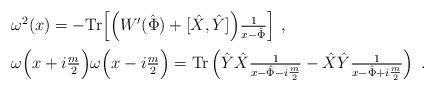
LaTeX: \begin{align*}\begin{array}{ccl}\vspace{.2cm}&& \omega^2(x)= - {\rm Tr}\Big[\Big(W'(\hat \Phi)+[\hat X,\hat Y]\Big)\frac1{x-\hat\Phi}\Big] \ ,\\ && \omega\Big(x+i\frac m2\Big)\omega\Big(x-i\frac m2\Big)={\rm Tr}\left(\hat Y\hat X\frac1{x-\hat\Phi-i\frac m2}-\hat X\hat Y\frac1{x-\hat\Phi+i\frac m2}\right)\ . \end{array}\end{align*}